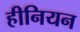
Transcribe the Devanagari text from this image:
हीनियन